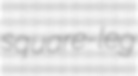
square-leg